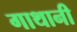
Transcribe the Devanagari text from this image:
गाथानी